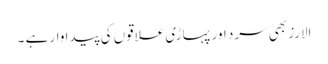
الارز بھی سرد اور پہاڑی علاقوں کی پیدا وار ہے ۔